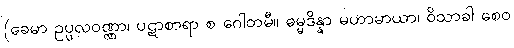
(ခေမာ ဥပ္ပလဝဏ္ဏာ၊ ပဋာစာရာ စ ဂေါတမီ။ ဓမ္မဒိန္နာ မဟာမာယာ၊ ဝိသာခါ စေဝ